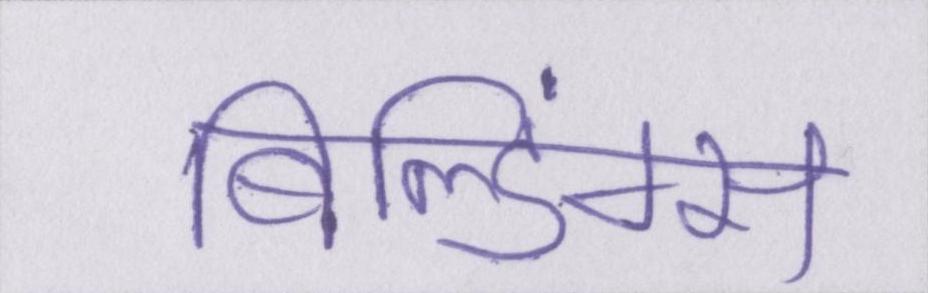
बिल्डिंग्स